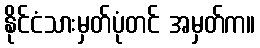
နိုင်ငံသားမှတ်ပုံတင် အမှတ်က။